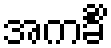
အကင်္ခိံ